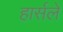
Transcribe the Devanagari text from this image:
हार्सले